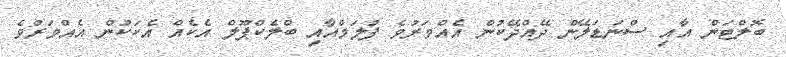
ބޮލްޓަން އާއި ސްނަޑަލޭން ދޭއްދޭކުން އެއްވަރުވެ ފުލަމްއާއި ބްލެކްޕޫލް އެކެއް އެކަކުން އެއްވަރުވެ